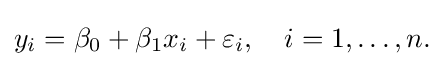
y_{i}=\beta _{0}+\beta _{1}x_{i}+\varepsilon _{i},\quad i=1,\dots ,n.\!